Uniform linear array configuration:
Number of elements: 4
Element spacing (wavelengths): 0.5
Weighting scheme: cosine
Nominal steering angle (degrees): -60
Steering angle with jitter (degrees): -58.592
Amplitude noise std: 0.05
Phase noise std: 0.05

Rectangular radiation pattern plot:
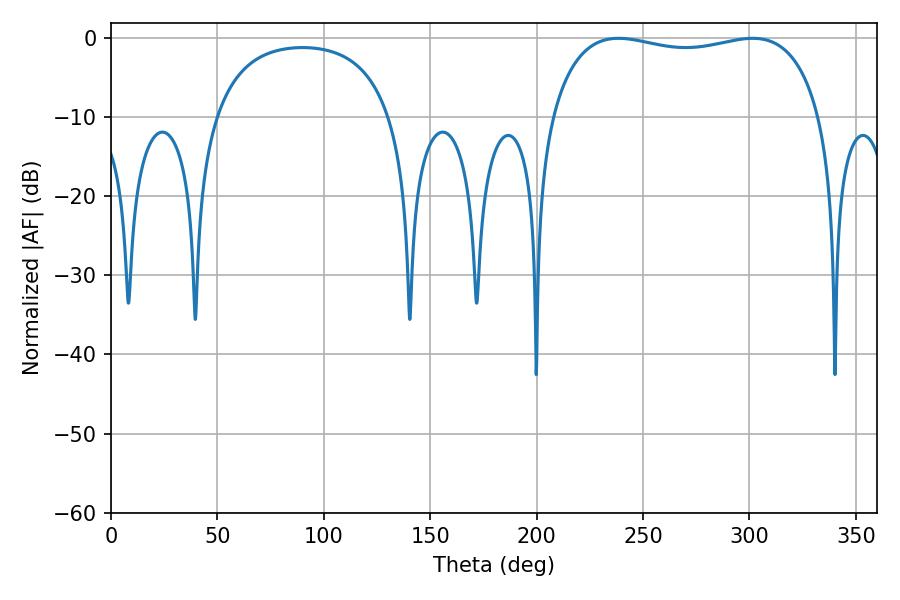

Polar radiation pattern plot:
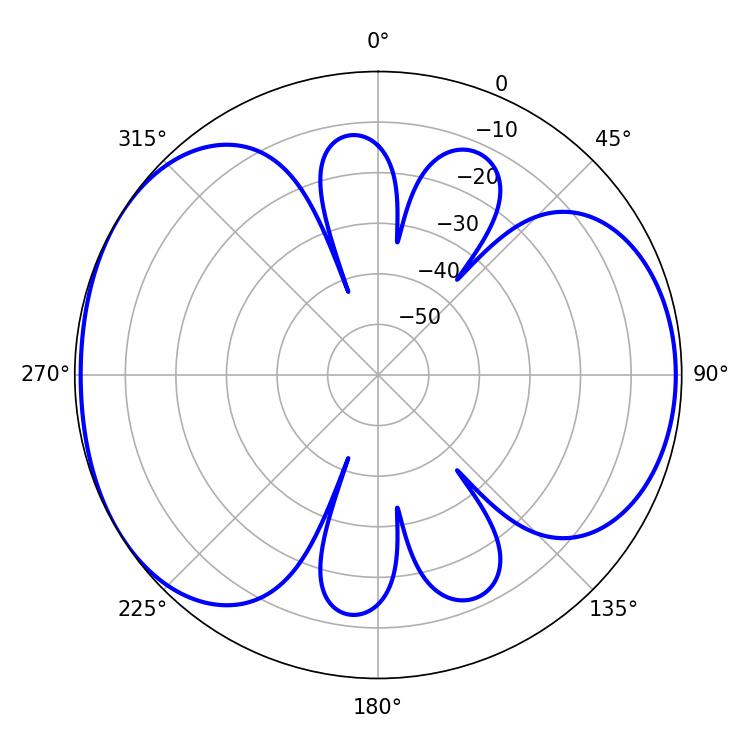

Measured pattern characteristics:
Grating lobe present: FALSE
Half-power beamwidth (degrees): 102.96
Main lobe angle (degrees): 238.5